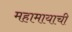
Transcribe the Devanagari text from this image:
महामायाची